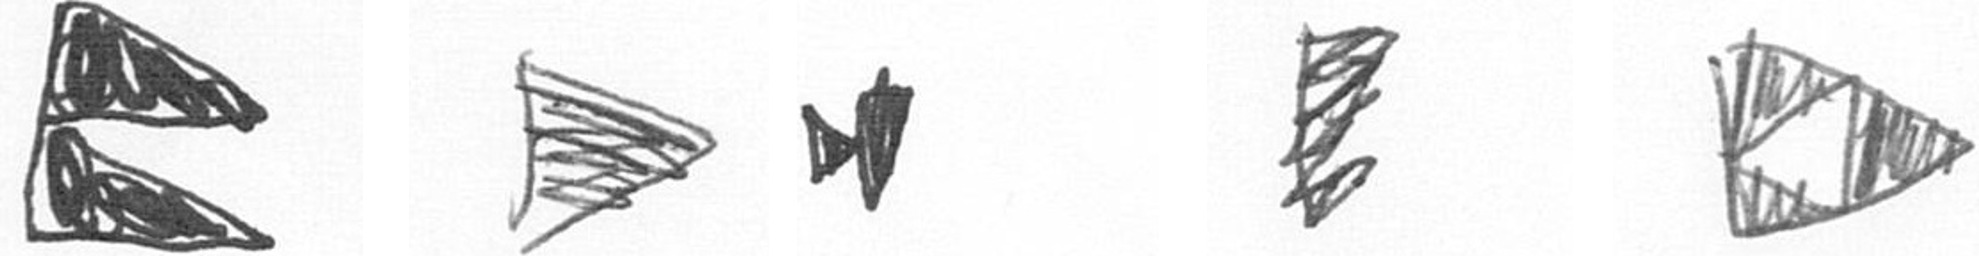
P T M H K